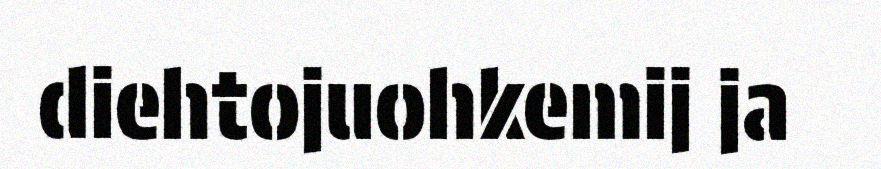
diehtojuohkemij ja